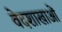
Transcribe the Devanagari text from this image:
वेदशाखाओं